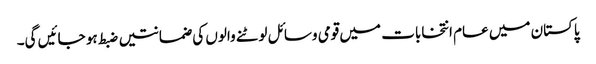
پاکستان میں عام انتخابات میں قومی وسائل لوٹنے والوں کی ضمانتیں ضبط ہو جائیں گی۔